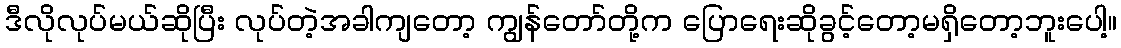
ဒီလိုလုပ်မယ်ဆိုပြီး လုပ်တဲ့အခါကျတော့ ကျွန်တော်တို့က ပြောရေးဆိုခွင့်တော့မရှိတော့ဘူးပေါ့။